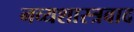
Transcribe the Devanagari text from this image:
नव्यशास्त्रवाद